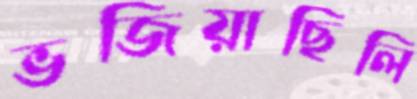
ভজিয়াছিলি